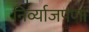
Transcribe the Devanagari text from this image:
निर्व्याजपणा